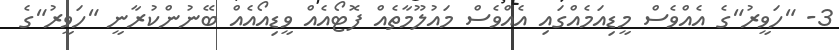
3- "ހަވީރު"ގެ އެއްވެސް މީޑިއަމެއްގައި އެއްވެސް މައުލޫމާތެއް ފޮޓޯއެއް ވީޑިއޯއެއް ބޭނުންކުރާނީ "ހަވީރު"ގެ